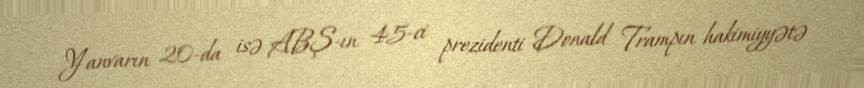
Yanvarın 20-da isə ABŞ-ın 45-ci prezidenti Donald Trampın hakimiyyətə